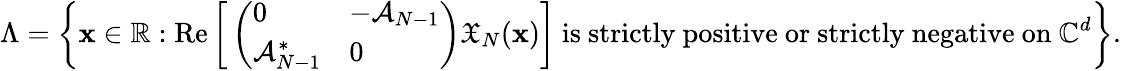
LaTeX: \Lambda=\bigg\{ \mathbf{x}\in\mathbb{{R}}:\operatorname{Re}\bigg[\left(\begin{array}{ll}{0}&{-\mathcal{A}_{N-1}}\\ {\mathcal{A}_{N-1}^{*}}&{0}\end{array}\right)\mathfrak{{X}}_{N}(\mathbf{x})\bigg]\mathrm{{~is~strictly~positive~or~strictly~negative~on~}}\mathbb{{C}}^{d}\bigg\} .